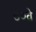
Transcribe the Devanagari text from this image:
७०वे